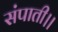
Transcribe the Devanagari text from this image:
संपाती।।